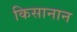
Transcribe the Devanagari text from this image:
किसानान